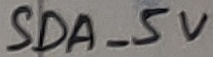
Text: SDA_5V